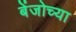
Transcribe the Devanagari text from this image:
बेंजोच्या